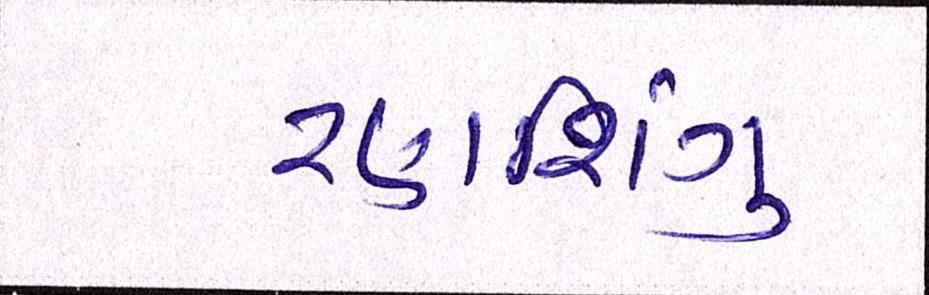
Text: રણશિંગુ